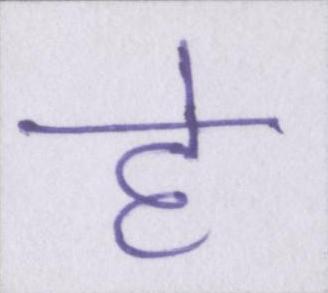
हे